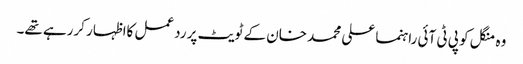
وہ منگل کو پی ٹی آئی راہنما علی محمد خان کے ٹویٹ پر ردعمل کااظہار کررہے تھے۔